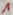
Text: 1